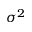
\sigma ^ { 2 }